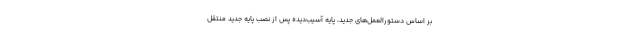
بر اساس دستورالعمل‌های جدید، پایه آسیب‌دیده پس از نصب پایه جدید منتقل